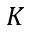
K